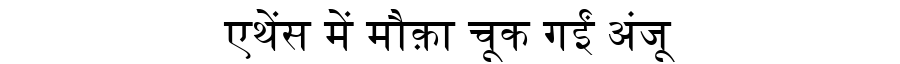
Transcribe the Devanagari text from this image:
एथेंस में मौक़ा चूक गईं अंजू